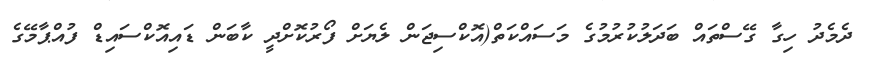
ދެމެދު ހިގާ ގޭސްތައް ބަދަލުކުރުމުގެ މަސައްކަތް(އޮކްސިޖަން ލެޔަށް ފޯރުކޮށްދީ ކާބަން ޑައިއޮކްސައިޑް ފުއްޕާމޭގެ